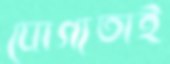
যোগ্যতাই